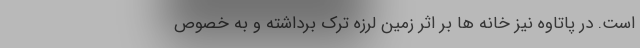
است. در پاتاوه نیز خانه ها بر اثر زمین لرزه ترک برداشته و به خصوص